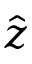
\hat { z }